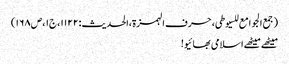
(جمع الجوامع للسیوطی،حرف الہمزۃ،الحدیث:۱۱۲۲،ج۱،ص۱۶۸)
میٹھے میٹھے اسلامی بھائیو!